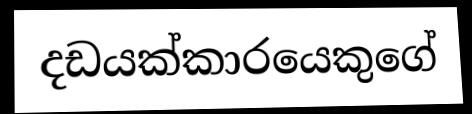
දඩයක්කාරයෙකුගේ